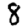
Digit: 8